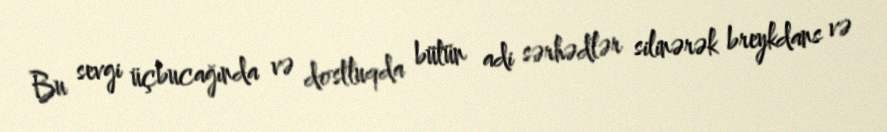
Bu sevgi üçbucağında və dostluqda bütün adi sərhədlər silinərək breykdans və